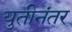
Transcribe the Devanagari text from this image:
युतीनंतर